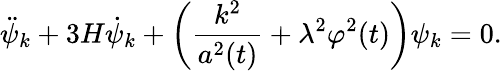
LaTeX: \ddot{\psi}_{k}+3H\dot{\psi}_{k}+\left(\frac{k^{2}}{a^{2}(t)}+\lambda^{2}\varphi^{2}(t)\right)\psi_{k}=0.